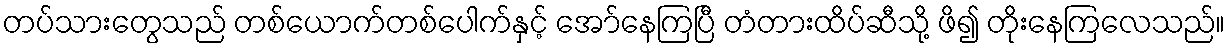
တပ်သားတွေသည် တစ်ယောက်တစ်ပေါက်နှင့် အော်နေကြပြီ တံတားထိပ်ဆီသို့ ဖိ၍ တိုးနေကြလေသည်။